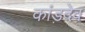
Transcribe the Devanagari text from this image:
कांड़देव